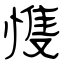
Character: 愯